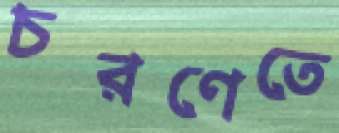
চরণেতে